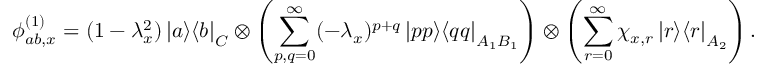
\phi _ { a b , x } ^ { ( 1 ) } = ( 1 - \lambda _ { x } ^ { 2 } ) \left| a \middle > \middle < b \right| _ { C } \otimes \left( \sum _ { p , q = 0 } ^ { \infty } ( - \lambda _ { x } ) ^ { p + q } \left| p p \middle > \middle < q q \right| _ { A _ { 1 } B _ { 1 } } \right) \otimes \left( \sum _ { r = 0 } ^ { \infty } \chi _ { x , r } \left| r \middle > \middle < r \right| _ { A _ { 2 } } \right) .